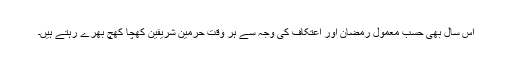
اس سال بھی حسب معمول رمضان اور اعتکاف کی وجہ سے ہر وقت حرمین شریفین کھچا کھچ بھرے رہتے ہیں۔